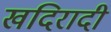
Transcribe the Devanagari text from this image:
खदिरादी